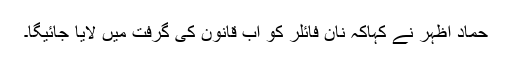
حماد اظہر نے کہاکہ نان فائلر کو اب قانون کی گرفت میں لایا جائیگا۔